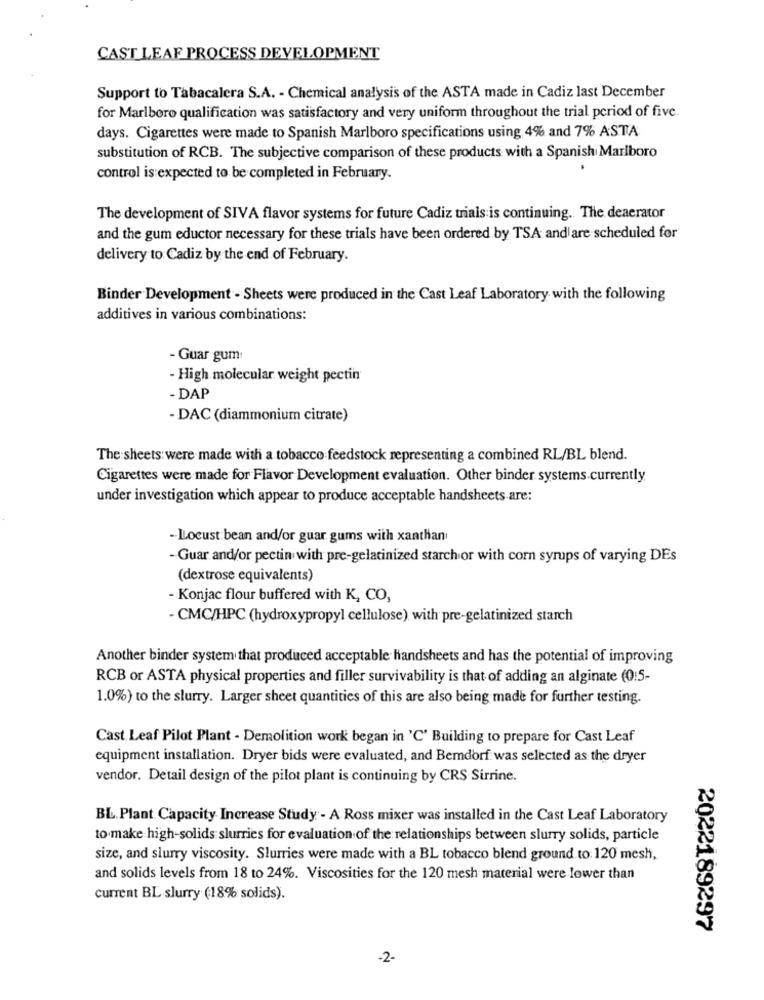
CAST LEAF PROCESS DEVELOPMENT
Support to Tabacalera S.A. - Chemical analysis of the ASTA made in Cadiz last December
for Marlboro qualification was satisfactory and very uniform throughout the trial period of five.
days. Cigarettes were made to Spanish Marlboro specifications using 4% and 7% ASTA
substitution of RCB. The subjective comparison of these products with a Spanish Marlboro
control is expected to be completed in February.
The development of SIVA flavor systems for future Cadiz trials is continuing. The deaerator
and the gum eductor necessary for these trials have been ordered by TSA and are scheduled for
delivery to Cadiz by the end of February.
Binder Development - Sheets were produced in the Cast Leaf Laboratory with the following
additives in various combinations:
- Guar gum:
- High molecular weight pectin
- DAP
- DAC (diammonium citrate)
The sheets were made with a tobacco feedstock representing a combined RL/BL blend.
Cigarettes were made for Flavor Development evaluation. Other binder systems currently
under investigation which appear to produce acceptable handsheets are:
- Locust bean and/or guar gums with xanthan
- Guar and/or pectin with pre-gelatinized starch or with corn syrups of varying DEs
(dextrose equivalents)
- Konjac flour buffered with K, CO,
- CMC/HPC (hydroxypropyl cellulose) with pre-gelatinized starch
Another binder system that produced acceptable handsheets and has the potential of improving
RCB or ASTA physical properties and filler survivability is that of adding an alginate (0:5-
1.0%) to the slurry. Larger sheet quantities of this are also being made for further testing.
Cast Leaf Pilot Plant - Demolition work began in 'C' Building to prepare for Cast Leaf
equipment installation. Dryer bids were evaluated, and Bemdorf was selected as the dryer
vendor. Detail design of the pilot plant is continuing by CRS Sirrine.
BL.Plant Capacity Increase Study - A Ross mixer was installed in the Cast Leaf Laboratory
to make high-solids slurries for evaluation of the relationships between slurry solids, particle
size, and slurry viscosity. Slurries were made with a BL tobacco blend ground to: 120 mesh,
and solids levels from 18 to 24%. Viscosities for the 120 mesh material were lower than
current BL slurry (18% solids).
2022189297
-2-